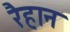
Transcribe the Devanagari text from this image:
रैहान